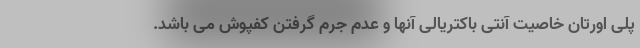
پلی اورتان خاصیت آنتی باکتریالی آنها و عدم جرم گرفتن کفپوش می باشد.